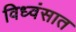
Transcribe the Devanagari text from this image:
विध्वंसात